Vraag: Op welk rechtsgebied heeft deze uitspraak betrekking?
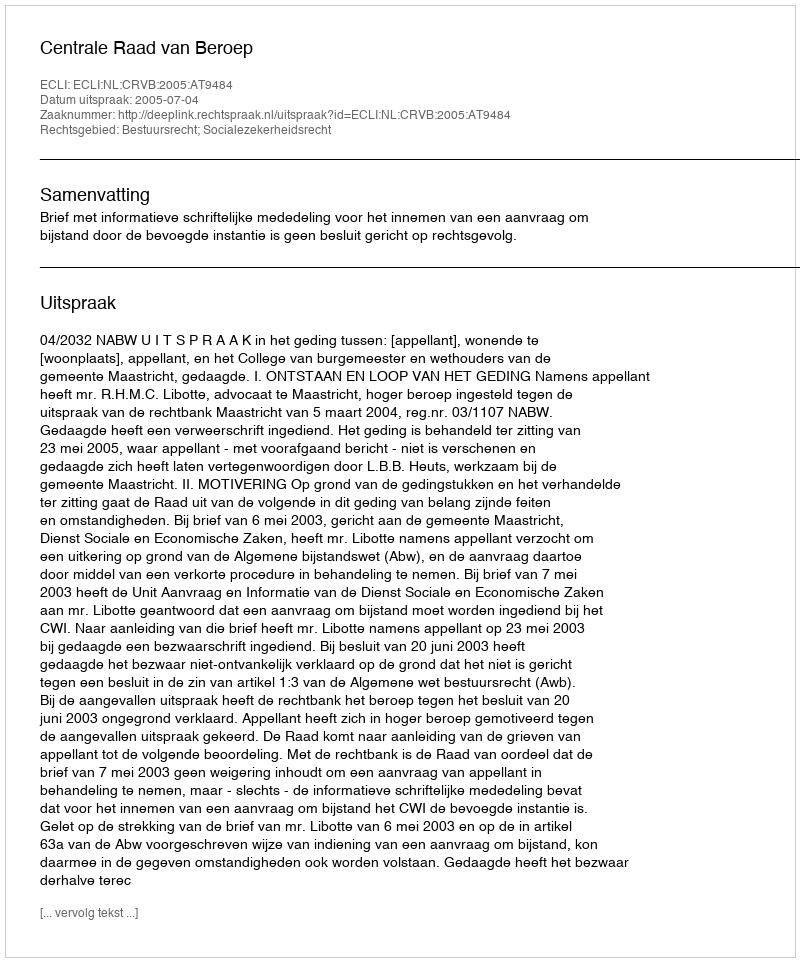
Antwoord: Bestuursrecht; Socialezekerheidsrecht